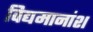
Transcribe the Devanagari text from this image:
विद्यमानांश